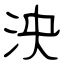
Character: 泱